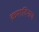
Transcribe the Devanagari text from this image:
क्रमादिगण